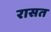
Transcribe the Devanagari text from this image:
रासत